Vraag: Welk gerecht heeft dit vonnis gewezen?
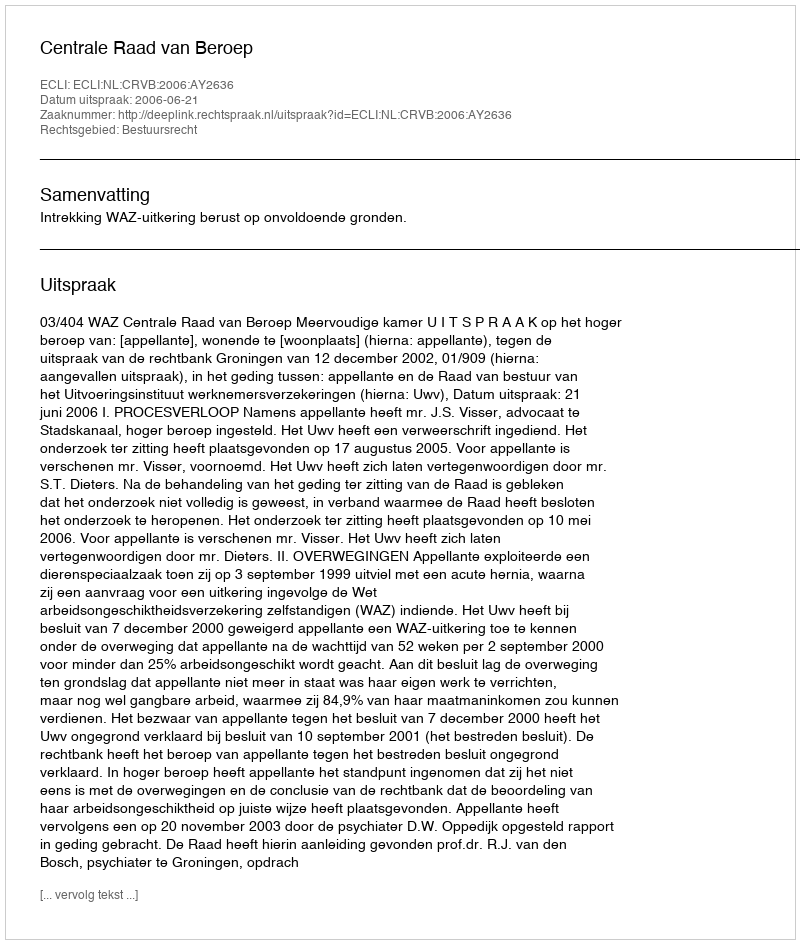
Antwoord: Centrale Raad van Beroep